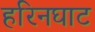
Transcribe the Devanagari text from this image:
हरिनघाट